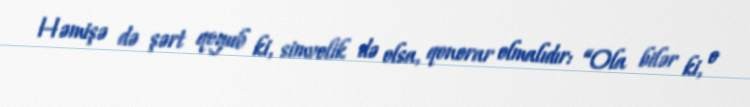
Həmişə də şərt qoyub ki, simvolik də olsa, qonorar olmalıdır: “Ola bilər ki, o